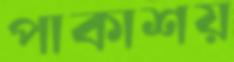
পাকাশয়